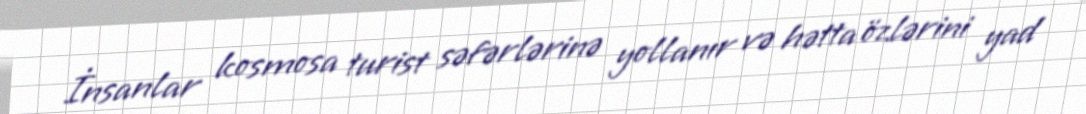
İnsanlar kosmosa turist səfərlərinə yollanır və hətta özlərini yad